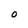
Character: O